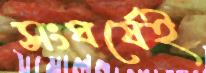
সংঘর্ষেই